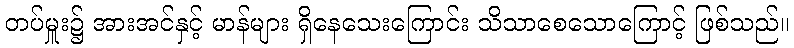
တပ်မှူး၌ အားအင်နှင့် မာန်များ ရှိနေသေးကြောင်း သိသာစေသောကြောင့် ဖြစ်သည်။